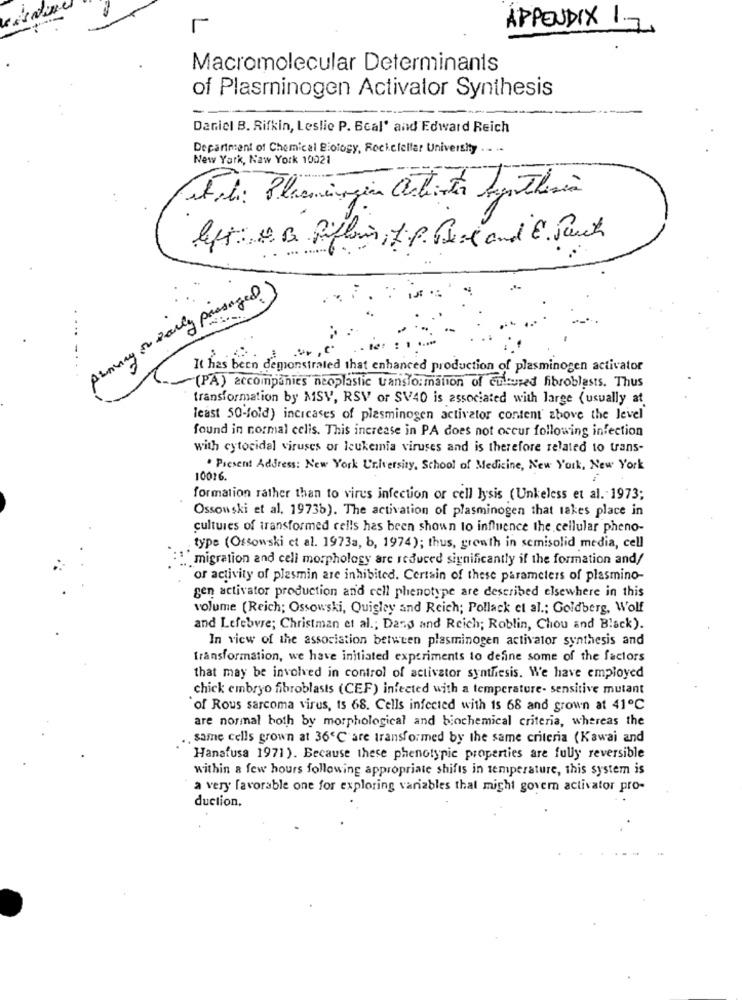
APPENDIX 1 .-
Macromolecular Determinants
of Plasminogen Activator Synthesis
Daniel B. Rifkin, Leslie P. Beal' and Edward Reich
Department of Chemical Biology, Rockefeller University
New York, Naw York 10021
etti: Planningia Cutenta Synthesia
left: Q. B. Riflen IP Pere and E. Sauch
pranay or early passaged)
..
It has been demonstrated that enhanced production of plasminogen activator
(PA) accompanies neoplastic transformation of cultured fibroblasts. Thus
transformation by MSV, RSV or SV40 is associated with large (usually at
least 50-fold) incicases of plasminogen activator content' zbove the level
found in normal celis. This increase in PA does not occur following infection
with cytocidal viruses or leukemia viruses and is therefore related to trans-
. Present Address: New York University, School of Medicine, New York, New York
10016.
formation rather than to virus infection or cell lysis (Unkeless et al. 1973;
Ossowski et al. 19736). The activation of plasminogen that takes place in
cultures of transformed cells has been shown to influence the cellular pheno-
type (Ossowski et al. 1973a, b, 1974); thus, growth in semisolid media, cell
migration and cell morphology are reduced significantly if the formation and/
or activity of plasmin are inhibited. Certain of these parameters of plasmino-
gen activator production and cell phenotype are described elsewhere in this
volume (Reich; Ossowski, Quigley and Reich; Pollack et al .; Goldberg, Wolf
and Lefebvre; Christman et al .; Dans and Reich; Roblin, Chou and Black).
In view of the association between plasminogen activator synthesis and
transformation, we have initiated experiments to define some of the factors
that may be involved in control of activator synthesis. We have employed
chick embryo fibroblasts (CEF) infected with a temperature- sensitive mutant
of Rous sarcoma virus, ts 68. Cells infected with 15 68 and grown at 41℃
are normal both by morphological and biochemical criteria, whereas the
same cells grown at 36℃ are transformed by the same criteria (Kawai and
Hanafusa 1971). Because these phenotypic properties are fully reversible
within a few hours following appropriate shifts in temperature, this system is
a very favorable one for exploring variables that might govem activator pro-
duction,